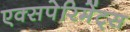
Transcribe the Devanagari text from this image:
एक्सपेरिमेंट्स